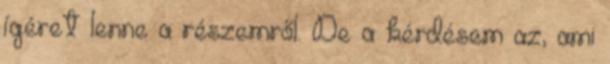
ígéret lenne a részemről. De a kérdésem az, ami